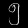
Digit: ၅